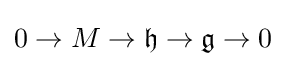
0\rightarrow M\rightarrow {\mathfrak {h}}\rightarrow {\mathfrak {g}}\rightarrow 0